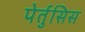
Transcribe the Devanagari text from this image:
पेर्तुसिस